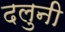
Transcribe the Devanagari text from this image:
दलुनी